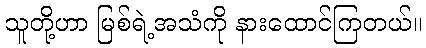
သူတို့ဟာ မြစ်ရဲ့အသံကို နားထောင်ကြတယ်။